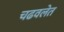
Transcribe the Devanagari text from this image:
चढवलेत